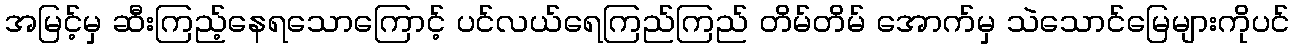
အမြင့်မှ ဆီးကြည့်နေရသောကြောင့် ပင်လယ်ရေကြည်ကြည် တိမ်တိမ် အောက်မှ သဲသောင်မြေများကိုပင်